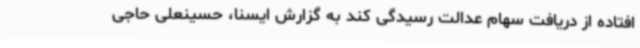
افتاده از دریافت سهام عدالت رسیدگی کند به گزارش ایسنا، حسینعلی حاجی